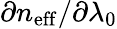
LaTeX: \partial n_{\mathrm{eff}}/\partial\lambda_{0}